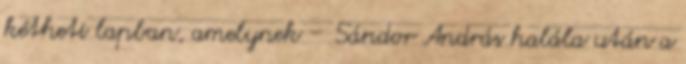
kétheti lapban, amelynek – Sándor András halála után a